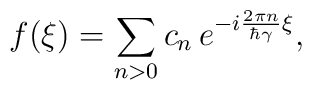
f(\xi)=\sum_{n>0} c_n \,e^{-i\frac{2\pi n}{\hbar\gamma}\xi},